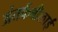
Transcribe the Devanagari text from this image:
अंतर्कबीलाई